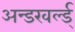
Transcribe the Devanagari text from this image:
अन्डरवर्ल्ड्